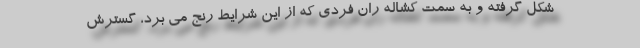
شکل گرفته و به سمت کشاله ران فردی که از این شرایط رنج می برد، گسترش